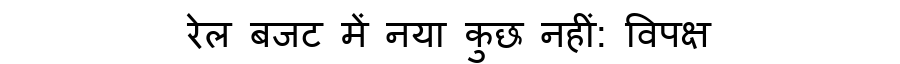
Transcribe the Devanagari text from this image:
रेल बजट में नया कुछ नहीं: विपक्ष